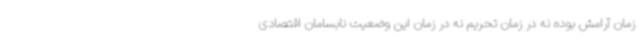
زمان آرامش بوده نه در زمان تحریم نه در زمان این وضعیت نابسامان اقتصادی